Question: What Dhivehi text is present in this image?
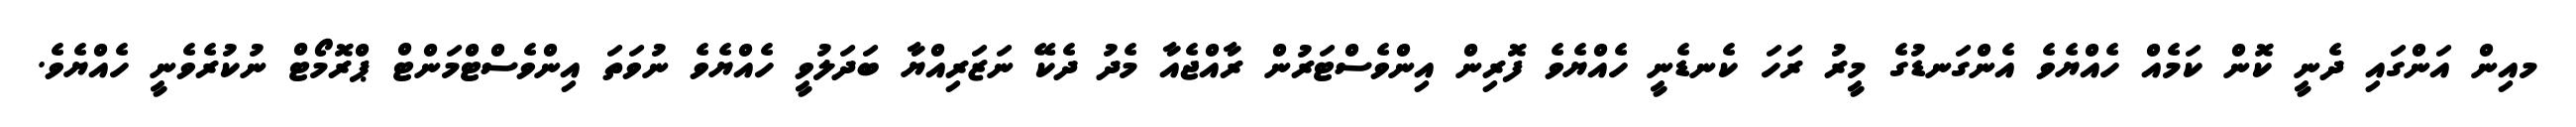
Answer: މއިން އަންގައި ދެނީ ކޮން ކަމެއް ހެއްޔެވެ އެންގަނޑުގެ މީރު ރަހަ ކެނޑެނީ ހެއްޔެވެ ފޮރިން އިންވެސްޓަރުން ރާއްޖެއާ މެދު ދެކޭ ނަޒަރިއްޔާ ބަދަލުވީ ހެއްޔެވެ ނުވަތަ އިންވެސްޓްމަންޓް ޕްރޮމޯޓް ނުކުރެވެނީ ހެއްޔެވެ.